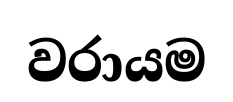
වරායම